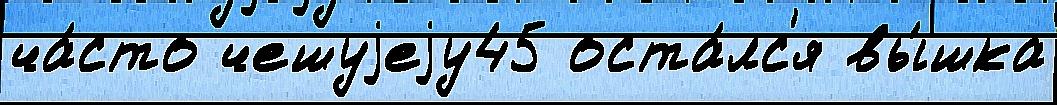
ча́сто чешуjеjу45 оста́лс'я вы́шка